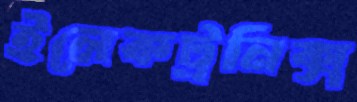
ইলেকট্রনিক্স